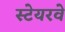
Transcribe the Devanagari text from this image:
स्टेयरवे